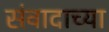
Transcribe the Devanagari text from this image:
संवादाच्या